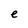
Character: e